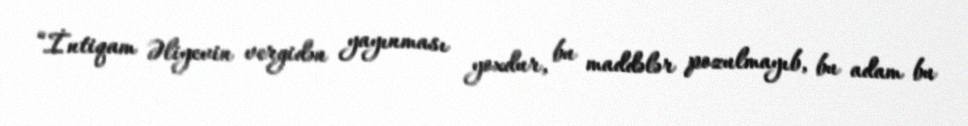
“İntiqam Əliyevin vergidən yayınması yoxdur, bu maddələr pozulmayıb, bu adam bu